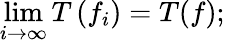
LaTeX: \operatorname*{lim}_{i\to\infty}T\left(f_{i}\right)=T(f);